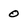
Character: 0